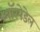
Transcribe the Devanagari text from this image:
ऑस्पेडेल